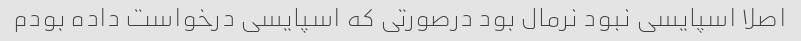
اصلا اسپایسی نبود نرمال بود درصورتی که اسپایسی درخواست داده بودم